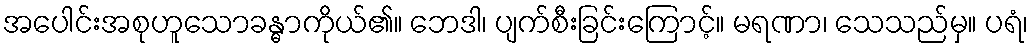
အပေါင်းအစုဟူသောခန္ဓာကိုယ်၏။ ဘေဒါ၊ ပျက်စီးခြင်းကြောင့်။ မရဏာ၊ သေသည်မှ။ ပရံ၊